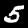
Label: 5